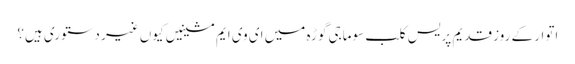
اتوار کے روز قدیم پریس کلب سوماجی گوڑہ میں ای وی ایم مشینیں کیوں غیر دستوری ہیں؟